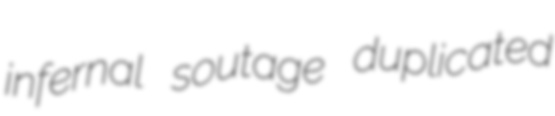
infernal soutage duplicated